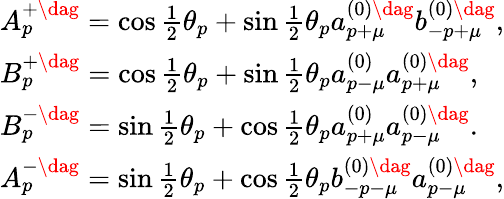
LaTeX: \begin{array}{l}{{A_{p}^{+\dag}=\cos\frac 12\theta_{p}+\sin\frac 12\theta_{p}a_{p+\mu}^{(0)\dag}b_{-p+\mu}^{(0)\dag},}}\\ {{B_{p}^{+\dag}=\cos\frac 12\theta_{p}+\sin\frac 12\theta_{p}a_{p-\mu}^{(0)}a_{p+\mu}^{(0)\dag},}}\\ {{B_{p}^{-\dag}=\sin\frac 12\theta_{p}+\cos\frac 12\theta_{p}a_{p+\mu}^{(0)}a_{p-\mu}^{(0)\dag}.}}\\ {{A_{p}^{-\dag}=\sin\frac 12\theta_{p}+\cos\frac 12\theta_{p}b_{-p-\mu}^{(0)\dag}a_{p-\mu}^{(0)\dag},}}\end{array}